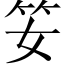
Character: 𥫭